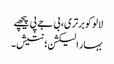
لالو کو برتری، بی جے پی پیچھے
بہار الیکشن؛ نتیش۔